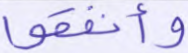
وأنفقوا